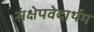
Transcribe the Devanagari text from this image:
संक्षेपवेदार्थम